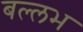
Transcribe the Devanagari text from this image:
बल्‍लभ